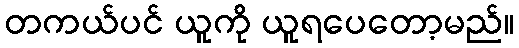
တကယ်ပင် ယူကို ယူရပေတော့မည်။